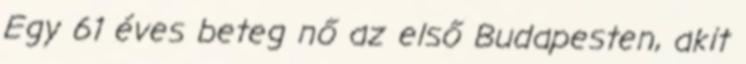
Egy 61 éves beteg nő az első Budapesten, akit